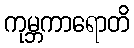
ကုမ္ဘကာရောတိ